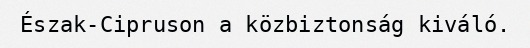
Észak-Cipruson a közbiztonság kiváló.